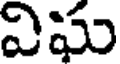
విఘ